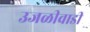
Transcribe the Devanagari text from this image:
उजळीवाडी